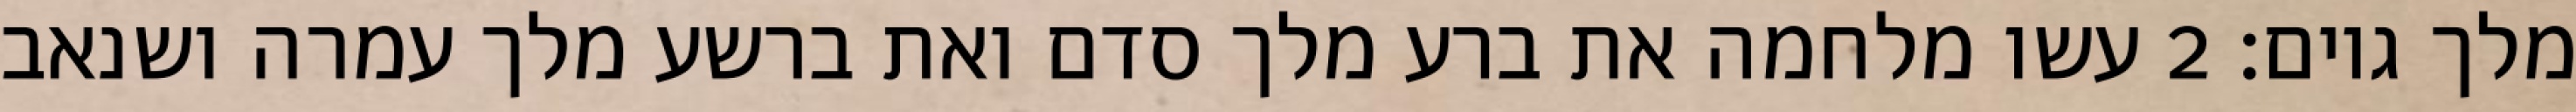
מלך גוים׃ ‎2‏ עשו מלחמה את ברע מלך סדם ואת ברשע מלך עמרה ושנאב